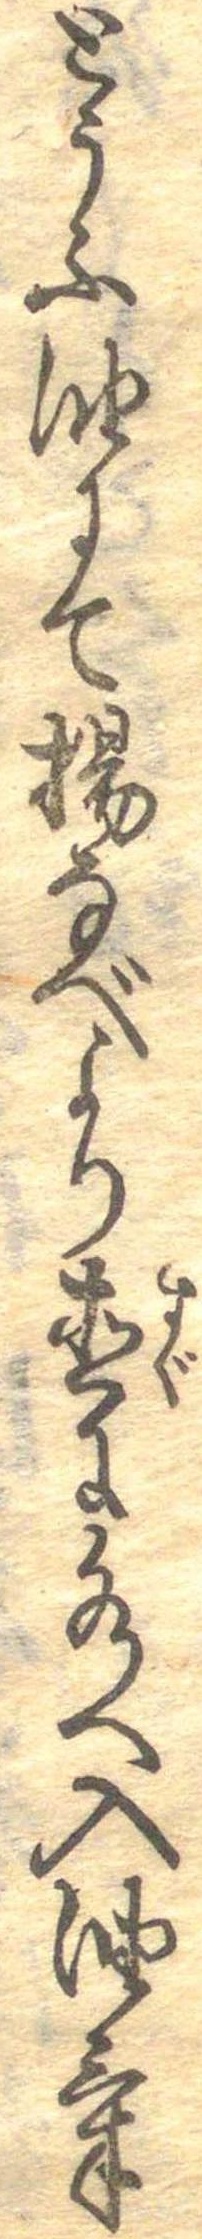
とうふ油にて揚なべより直に水へ入油気